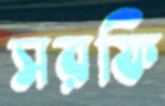
সরফি